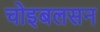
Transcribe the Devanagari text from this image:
चोइबलसन